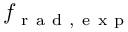
f _ { \mathrm { ~ r ~ a ~ d ~ , ~ e ~ x ~ p ~ } }